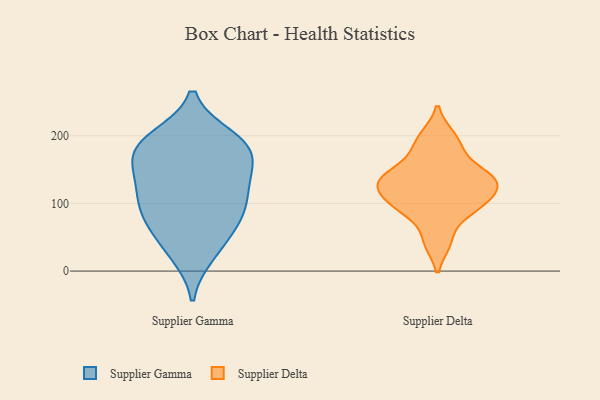
{"axis": {"x": "Market Share (%)", "y": "Value"}, "legend": ["Supplier Delta", "Supplier Gamma"], "data": [{"x": "", "y": 102, "type": "Supplier Gamma"}, {"x": "", "y": 143, "type": "Supplier Gamma"}, {"x": "", "y": 131, "type": "Supplier Gamma"}, {"x": "", "y": 126, "type": "Supplier Gamma"}, {"x": "", "y": 30, "type": "Supplier Gamma"}, {"x": "", "y": 182, "type": "Supplier Gamma"}, {"x": "", "y": 163, "type": "Supplier Gamma"}, {"x": "", "y": 74, "type": "Supplier Gamma"}, {"x": "", "y": 64, "type": "Supplier Gamma"}, {"x": "", "y": 198, "type": "Supplier Gamma"}, {"x": "", "y": 169, "type": "Supplier Gamma"}, {"x": "", "y": 175, "type": "Supplier Gamma"}, {"x": "", "y": 90, "type": "Supplier Gamma"}, {"x": "", "y": 196, "type": "Supplier Gamma"}, {"x": "", "y": 74, "type": "Supplier Gamma"}, {"x": "", "y": 24, "type": "Supplier Gamma"}, {"x": "", "y": 193, "type": "Supplier Gamma"}, {"x": "", "y": 111, "type": "Supplier Gamma"}, {"x": "", "y": 89, "type": "Supplier Delta"}, {"x": "", "y": 137, "type": "Supplier Delta"}, {"x": "", "y": 175, "type": "Supplier Delta"}, {"x": "", "y": 107, "type": "Supplier Delta"}, {"x": "", "y": 199, "type": "Supplier Delta"}, {"x": "", "y": 97, "type": "Supplier Delta"}, {"x": "", "y": 132, "type": "Supplier Delta"}, {"x": "", "y": 128, "type": "Supplier Delta"}, {"x": "", "y": 142, "type": "Supplier Delta"}, {"x": "", "y": 43, "type": "Supplier Delta"}]}